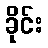
ခိုင်း